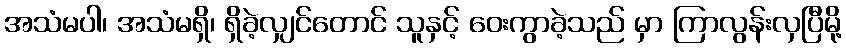
အသံမပါ၊ အသံမရှိ၊ ရှိခဲ့လျှင်တောင် သူနှင့် ဝေးကွာခဲ့သည် မှာ ကြာလွန်းလှပြီမို့